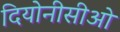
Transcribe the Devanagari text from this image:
दियोनीसीओ